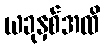
ယခုနှစ်အထိ